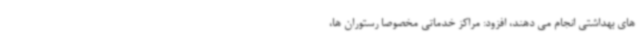
های بهداشتی انجام می دهند، افزود: مراکز خدماتی مخصوصا رستوران ها،